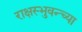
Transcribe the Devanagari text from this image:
राक्षस्भुवन्च्या